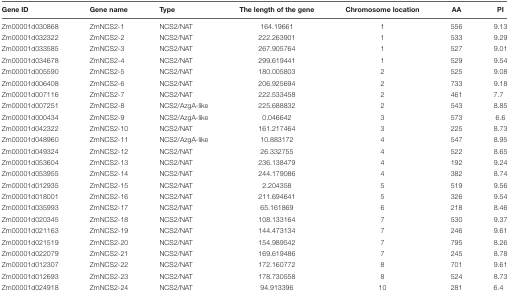
<table><thead><tr><td><b>Gene ID</b></td><td><b>Gene name</b></td><td><b>Type</b></td><td><b>The length of the gene</b></td><td><b>Chromosome location</b></td><td><b>AA</b></td><td><b>PI</b></td></tr></thead><tbody><tr><td>Zm00001d030868</td><td>ZmNCS2-1</td><td>NCS2/NAT</td><td>164.19661</td><td>1</td><td>556</td><td>9.13</td></tr><tr><td>Zm00001d032322</td><td>ZmNCS2-2</td><td>NCS2/NAT</td><td>222.263901</td><td>1</td><td>533</td><td>9.29</td></tr><tr><td>Zm00001d033585</td><td>ZmNCS2-3</td><td>NCS2/NAT</td><td>267.905764</td><td>1</td><td>527</td><td>9.01</td></tr><tr><td>Zm00001d034678</td><td>ZmNCS2-4</td><td>NCS2/NAT</td><td>299.619441</td><td>1</td><td>529</td><td>9.54</td></tr><tr><td>Zm00001d005590</td><td>ZmNCS2-5</td><td>NCS2/NAT</td><td>180.005803</td><td>2</td><td>525</td><td>9.08</td></tr><tr><td>Zm00001d006408</td><td>ZmNCS2-6</td><td>NCS2/NAT</td><td>206.925694</td><td>2</td><td>733</td><td>9.18</td></tr><tr><td>Zm00001d007116</td><td>ZmNCS2-7</td><td>NCS2/NAT</td><td>222.533458</td><td>2</td><td>461</td><td>7.7</td></tr><tr><td>Zm00001d007251</td><td>ZmNCS2-8</td><td>NCS2/AzgA-like</td><td>225.688832</td><td>2</td><td>543</td><td>8.85</td></tr><tr><td>Zm00001d000434</td><td>ZmNCS2-9</td><td>NCS2/AzgA-like</td><td>0.046642</td><td>3</td><td>573</td><td>6.6</td></tr><tr><td>Zm00001d042322</td><td>ZmNCS2-10</td><td>NCS2/NAT</td><td>161.217464</td><td>3</td><td>225</td><td>8.73</td></tr><tr><td>Zm00001d048960</td><td>ZmNCS2-11</td><td>NCS2/AzgA-like</td><td>10.883172</td><td>4</td><td>547</td><td>8.95</td></tr><tr><td>Zm00001d049324</td><td>ZmNCS2-12</td><td>NCS2/NAT</td><td>26.332755</td><td>4</td><td>522</td><td>8.65</td></tr><tr><td>Zm00001d053604</td><td>ZmNCS2-13</td><td>NCS2/NAT</td><td>236.138479</td><td>4</td><td>192</td><td>9.24</td></tr><tr><td>Zm00001d053955</td><td>ZmNCS2-14</td><td>NCS2/NAT</td><td>244.179086</td><td>4</td><td>382</td><td>8.74</td></tr><tr><td>Zm00001d012935</td><td>ZmNCS2-15</td><td>NCS2/NAT</td><td>2.204358</td><td>5</td><td>519</td><td>9.56</td></tr><tr><td>Zm00001d018001</td><td>ZmNCS2-16</td><td>NCS2/NAT</td><td>211.694641</td><td>5</td><td>326</td><td>9.54</td></tr><tr><td>Zm00001d035993</td><td>ZmNCS2-17</td><td>NCS2/NAT</td><td>65.161869</td><td>6</td><td>218</td><td>8.46</td></tr><tr><td>Zm00001d020345</td><td>ZmNCS2-18</td><td>NCS2/NAT</td><td>108.133164</td><td>7</td><td>530</td><td>9.37</td></tr><tr><td>Zm00001d021163</td><td>ZmNCS2-19</td><td>NCS2/NAT</td><td>144.473134</td><td>7</td><td>246</td><td>9.61</td></tr><tr><td>Zm00001d021519</td><td>ZmNCS2-20</td><td>NCS2/NAT</td><td>154.989542</td><td>7</td><td>795</td><td>8.26</td></tr><tr><td>Zm00001d022079</td><td>ZmNCS2-21</td><td>NCS2/NAT</td><td>169.619486</td><td>7</td><td>245</td><td>8.78</td></tr><tr><td>Zm00001d012307</td><td>ZmNCS2-22</td><td>NCS2/NAT</td><td>172.160772</td><td>8</td><td>701</td><td>9.61</td></tr><tr><td>Zm00001d012693</td><td>ZmNCS2-23</td><td>NCS2/NAT</td><td>178.730558</td><td>8</td><td>524</td><td>8.73</td></tr><tr><td>Zm00001d024918</td><td>ZmNCS2-24</td><td>NCS2/NAT</td><td>94.913396</td><td>10</td><td>281</td><td>6.4</td></tr></tbody></table>